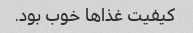
کیفیت غذاها خوب بود.